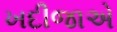
ખદીજાએ